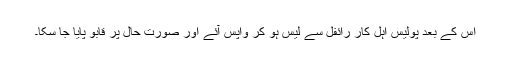
اس کے بعد پولیس اہل کار رائفل سے لیس ہو کر واپس آئے اور صورت حال پر قابو پایا جا سکا۔